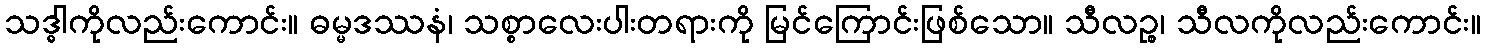
သဒ္ဓါကိုလည်းကောင်း။ ဓမ္မဒဿနံ၊ သစ္စာလေးပါးတရားကို မြင်ကြောင်းဖြစ်သော။ သီလဉ္စ၊ သီလကိုလည်းကောင်း။